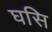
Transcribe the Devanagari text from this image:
घसि